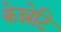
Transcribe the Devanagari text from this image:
केन्नेटि